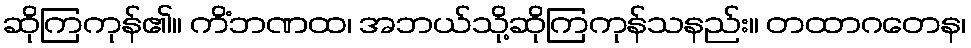
ဆိုကြကုန်၏။ ကိံဘဏထ၊ အဘယ်သို့ဆိုကြကုန်သနည်း။ တထာဂတေန၊